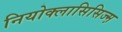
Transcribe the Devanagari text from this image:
नियोक्लासिसिज्म़